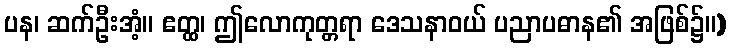
ပန၊ ဆက်ဦးအံ့။ ဧတ္ထ၊ ဤလောကုတ္တရာ ဒေသနာဝယ် ပညာပဓာန၏ အဖြစ်၌။)